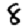
Digit: 8